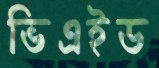
ভিএইড